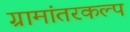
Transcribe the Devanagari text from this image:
ग्रामांतरकल्प